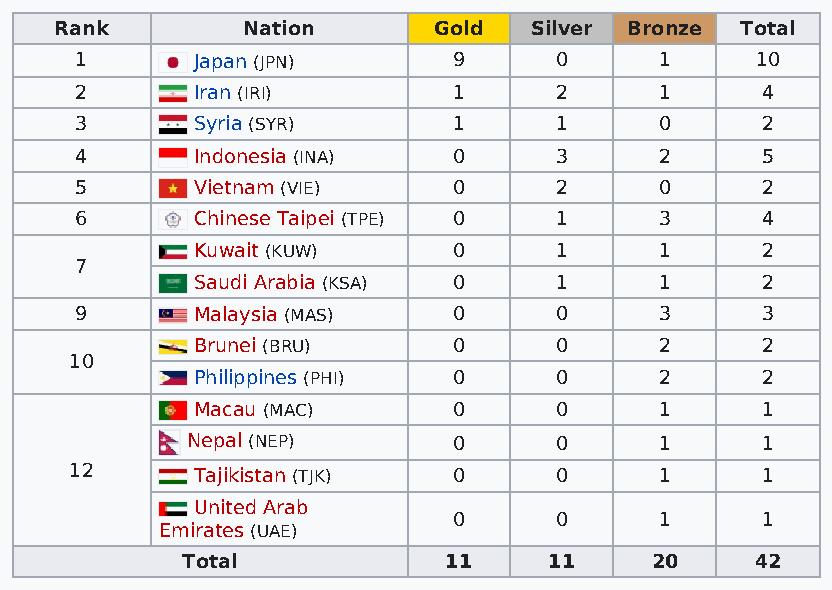
Rank        Nation       Gold  Silver Bronze Total
 1       Japan (JPN)      9      0      1     10
 2       Iran (IRI)       1      2      1     4
 3       Syria (SYR)      1      1      0     2
 4       Indonesia (INA)  0      3      2     5
 5       Vietnam (VIE)    0      2      0     2
 6       Chinese Taipei (TPE) 0  1      3     4
 Kuwait (KUW)     0      1      1     2
 7
 Saudi Arabia (KSA) 0    1      1     2
 9       Malaysia (MAS)   0      0      3     3
 Brunei (BRU)     0      0      2     2
 10
 Philippines (PHI) 0     0      2     2
 Macau (MAC)      0      0      1     1
 Nepal (NEP)       0      0      1     1
 12      Tajikistan (TJK) 0      0      1     1
 United Arab
 0      0      1     1
 Emirates (UAE)
 Total            11     11     20     42